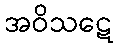
အဝိသဋေ